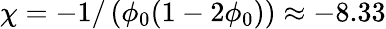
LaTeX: \chi=-1/\left(\phi_{0}(1-2\phi_{0})\right)\approx-8.33